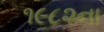
૧૯૮૨ના